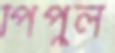
পিঁপুল